Annual report on the Civil Veterinary Department, Burma (including the Insein Veterinary School) - 1910-1922
Year: 1910
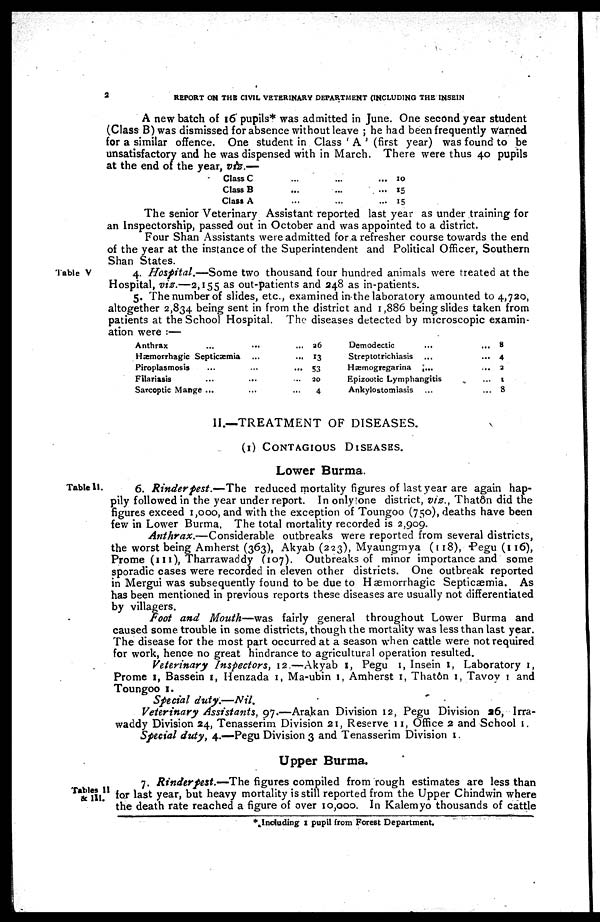
2
REPORT ON THE CIVIL VETERINARY DEPARTMENT (INCLUDING THE INSEIN
A new batch of 16 pupils* was admitted in June. One second year student
(Class B) was dismissed for absence without leave ; he had been frequently warned
for a similar offence. One student in Class ' A ' (first year) was found to be
unsatisfactory and he was dispensed with in March. There were thus 40 pupils
at the end of the year, viz.—
Class C ... ... ...
Class B ... ... ...
Class A ... ... ...
10
15
15
The senior Veterinary Assistant reported last year as under training for
an Inspectorship, passed out in October and was appointed to a district.
Four Shan Assistants were admitted for a refresher course towards the end
of the year at the instance of the Superintendent and Political Officer, Southern
Shan States.
Table V
4. Hospital.—Some two thousand four hundred animals were treated at the
Hospital, viz.—2,155 as out-patients and 248 as in-patients.
5. The number of slides, etc., examined in the laboratory amounted to 4,720,
altogether 2,834 being sent in from the district and 1,886 being slides taken from
patients at the School Hospital. The diseases detected by microscopic examin-
ation were :—
Anthrax ... ... ...
Hæmorrhagic Septicæmia ... ...
Piroplasmosis ... ... ...
Filariasis ... ... ...
Sarcoptic Mange ... ... ...
26
13
53
20
4
Demodectic
...
Streptotrichiasis ...
Hæmogregarina
...
Epizootic Lymphangitis
Ankylostomiasis ...
... 8
... 4
...
2
... 1
... 8
II.—TREATMENT OF DISEASES.
(1) CONTAGIOUS DISEASES.
Lower Burma.
Table II.
6. Rinderpest.—The
reduced mortality figures of last year are again hap-
pily followed in the year under report. In only one district, viz., Thatôn did the
figures exceed 1,000, and with the exception of Toungoo (750), deaths have been
few in Lower Burma, The total mortality recorded is 2,909.
Anthrax.—Considerable
outbreaks were reported from several districts,
the worst being Amherst (363), Akyab (223), Myaungmya (118), Pegu (116),
Prome (111), Tharrawaddy (107). Outbreaks of minor importance and some
sporadic cases were recorded in eleven other districts. One outbreak reported
in Mergui was subsequently found to be due to Hæmorrhagic Septicaemia. As
has been mentioned in previous reports these diseases are usually not differentiated
by villagers.
Foot and Mouth—was fairly general throughout Lower Burma and
caused some trouble in some districts, though the mortality was less than last year.
The disease for the most part occurred at a season when cattle were not required
for work, hence no great hindrance to agricultural operation resulted.
Veterinary Inspectors, 12.—Akyab 1, Pegu 1, Insein 1, Laboratory 1,
Prome 1, Bassein 1, Henzada 1, Ma-ubin 1, Amherst 1, Thatôn 1, Tavoy 1 and
Toungoo 1.
Special duty.—Nil.
Veterinary Assistants, 97.—Arakan Division 12, Pegu Division a6, Irra-
waddy Division 24, Tenasserim Division 21, Reserve 11, Office 2 and School 1.
Special duty, 4.—Pegu Division 3 and Tenasserim Division 1.
Upper Burma.
Tables 11
8c HI.
7. Rinderpest.—The figures compiled from rough estimates are less than
for last year, but heavy mortality is still reported from the Upper Chindwin where
the death rate reached a figure of over 10,000. In Kalemyo thousands of cattle
* Inducting 1 pupil from Forest Department.